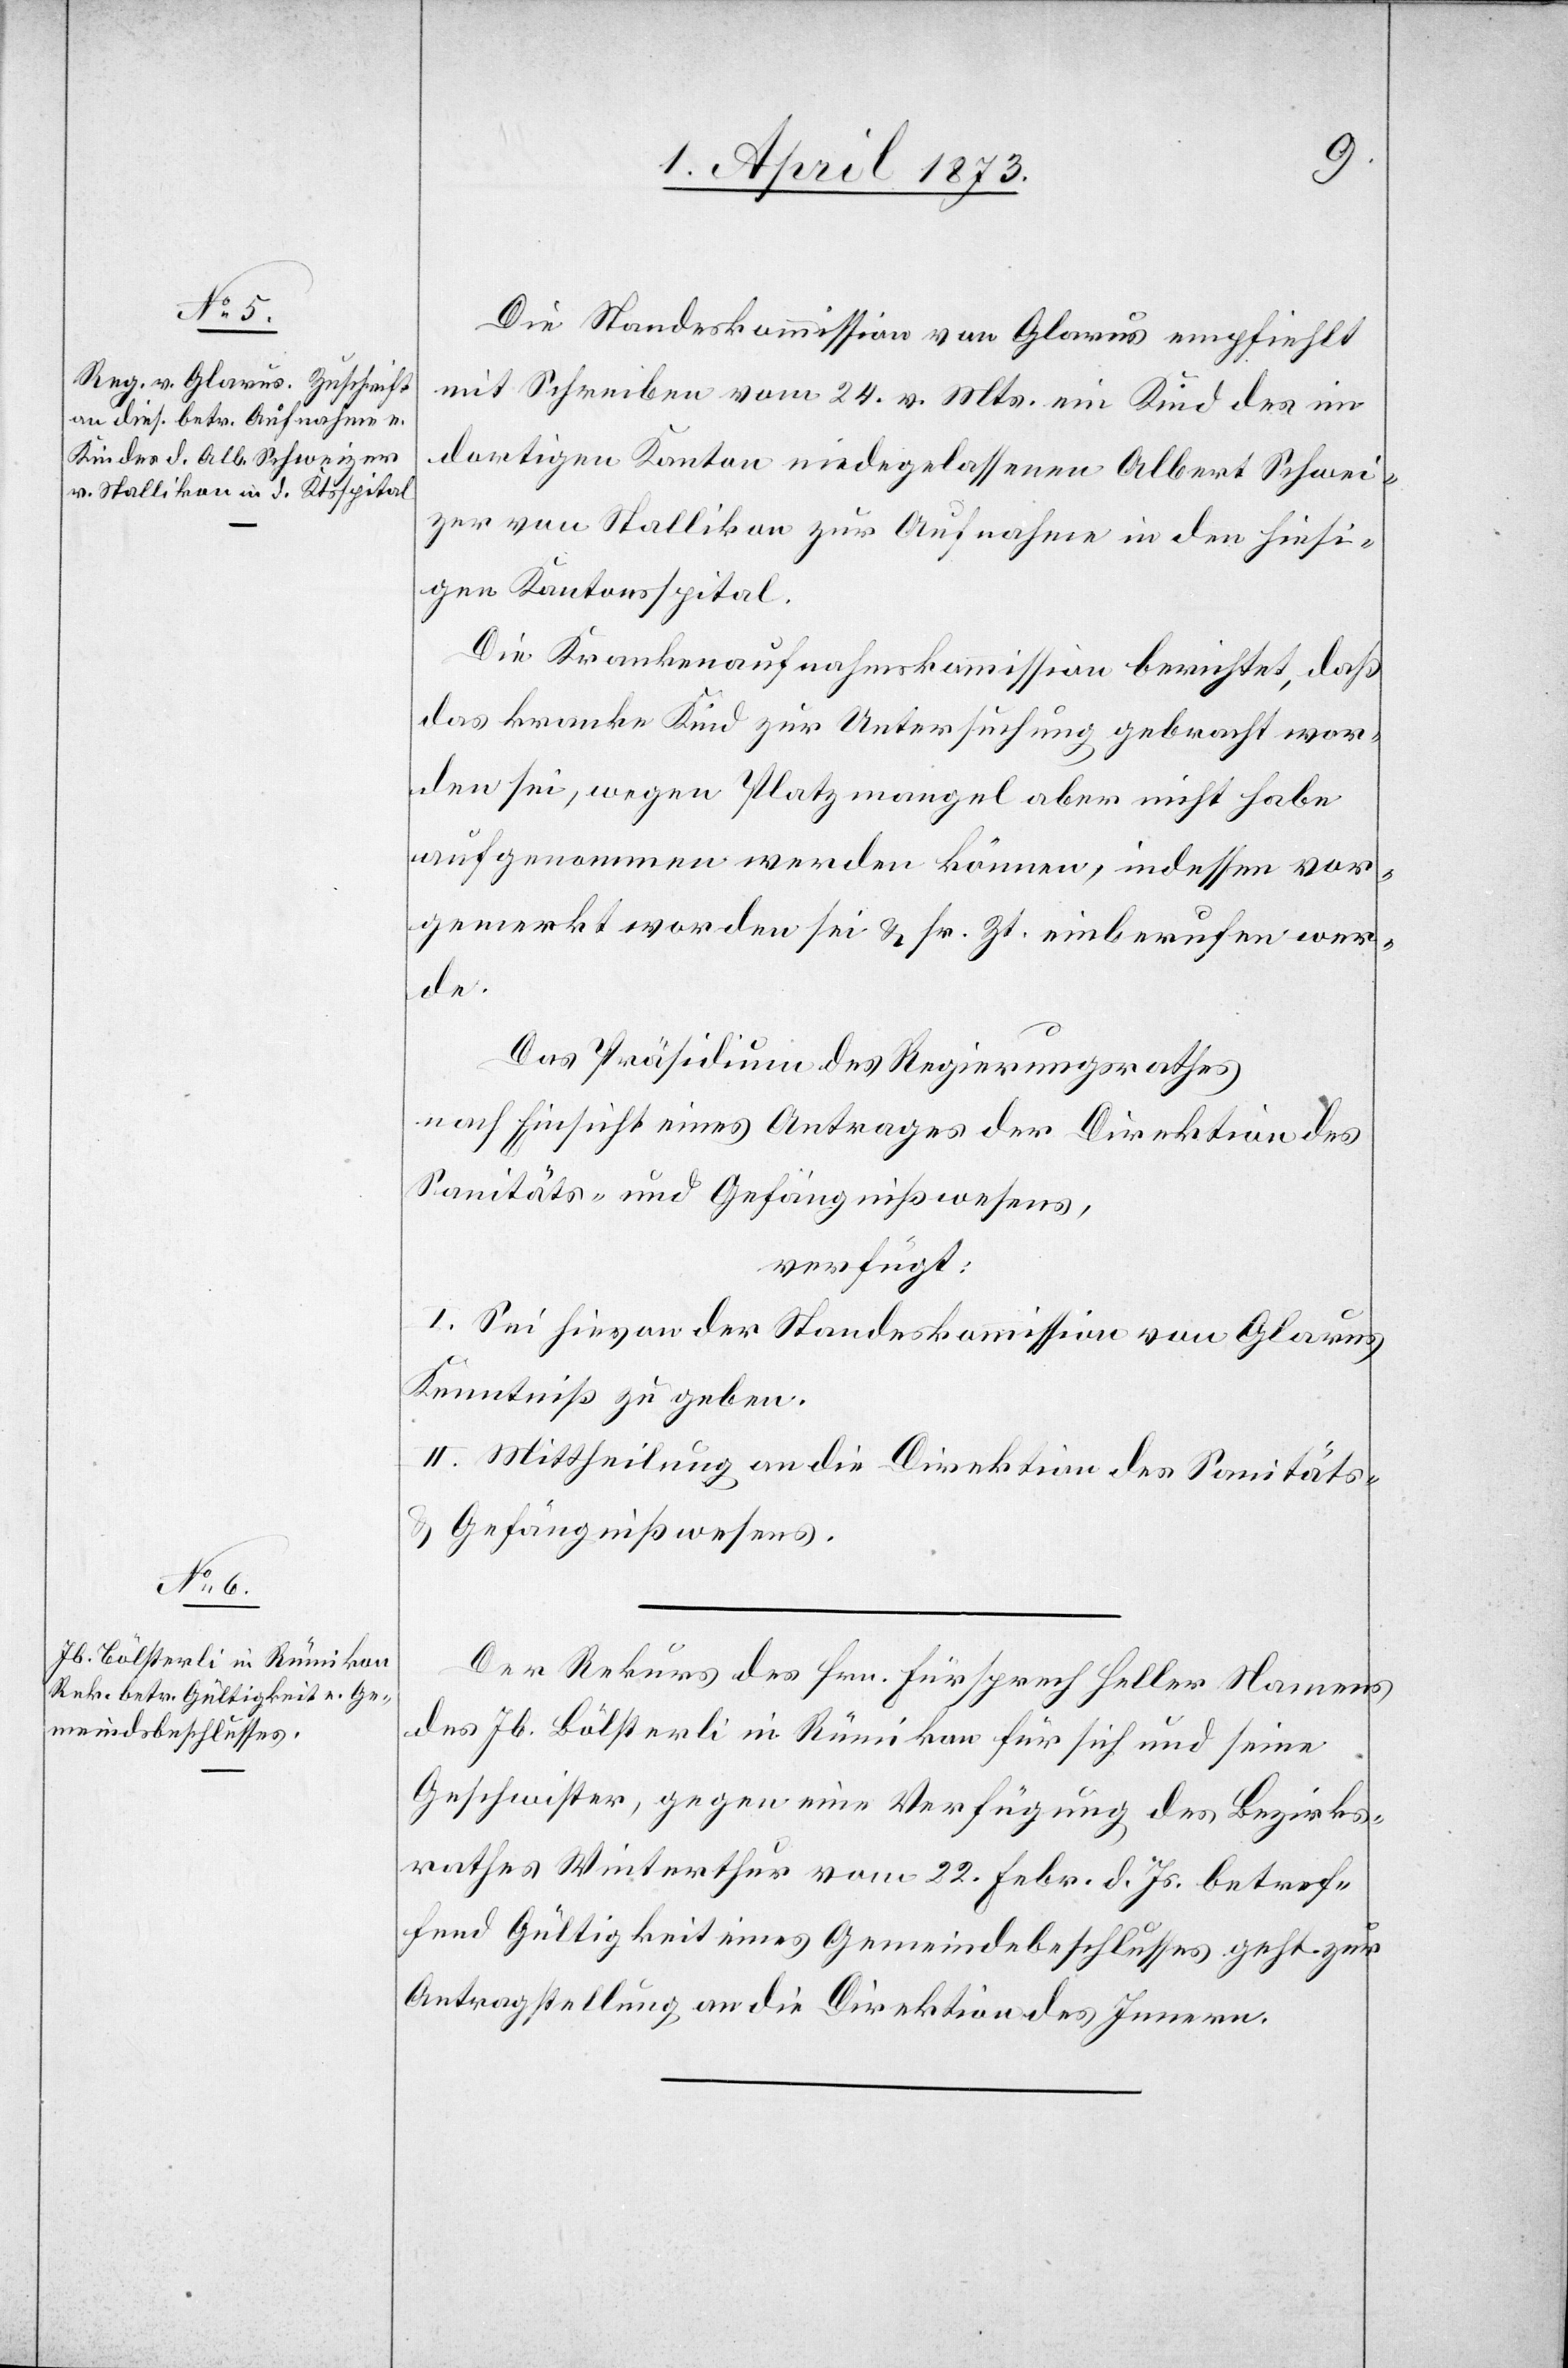
1. April 1873.]
Die Standeskommission von Glarus empfiehlt
mit Schreiben vom 24. v. Mts. ein Kind des im
dortigen Kanton niedergelassenen Albert Schwei¬
zer von Stallikon zur Aufnahme in den hiesi¬
gen Kantonsspital.
Die Krankenaufnahmskommission berichtet, daß
das kranke Kind zur Unterstützung gebracht wor¬
den sei, wegen Platzmangel aber nicht habe
aufgenommen werden können, indessen vor¬
gemerkt worden sei u. sr. Zt. einberufen wer¬
de.
Das Präsidium des Regierungsrathes
nach Einsicht eines Antrages der Direktion des
Sanitäts- und Gefängnißwesens,
verfügt:
I. Sei hievon der Standeskommission von Glarus
Kenntniß zu geben.
II. Mittheilung an die Direktion des Sanitäts-
u. Gefängnißwesens.
Der Rekurs des Hrn. Fürsprech Heller Namens
des Jb. Bölsterli in Rümikon für sich und seine
Geschwister, gegen eine Verfügung des Bezirks¬
rathes Winterthur vom 22. Febr. d. Js. betref¬
fend Gültigkeit eines Gemeindebeschlusses geht zur
Antragstellung an die Direktion des Innern.